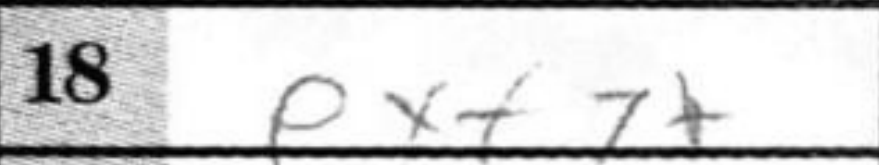
Transcription: exf7+